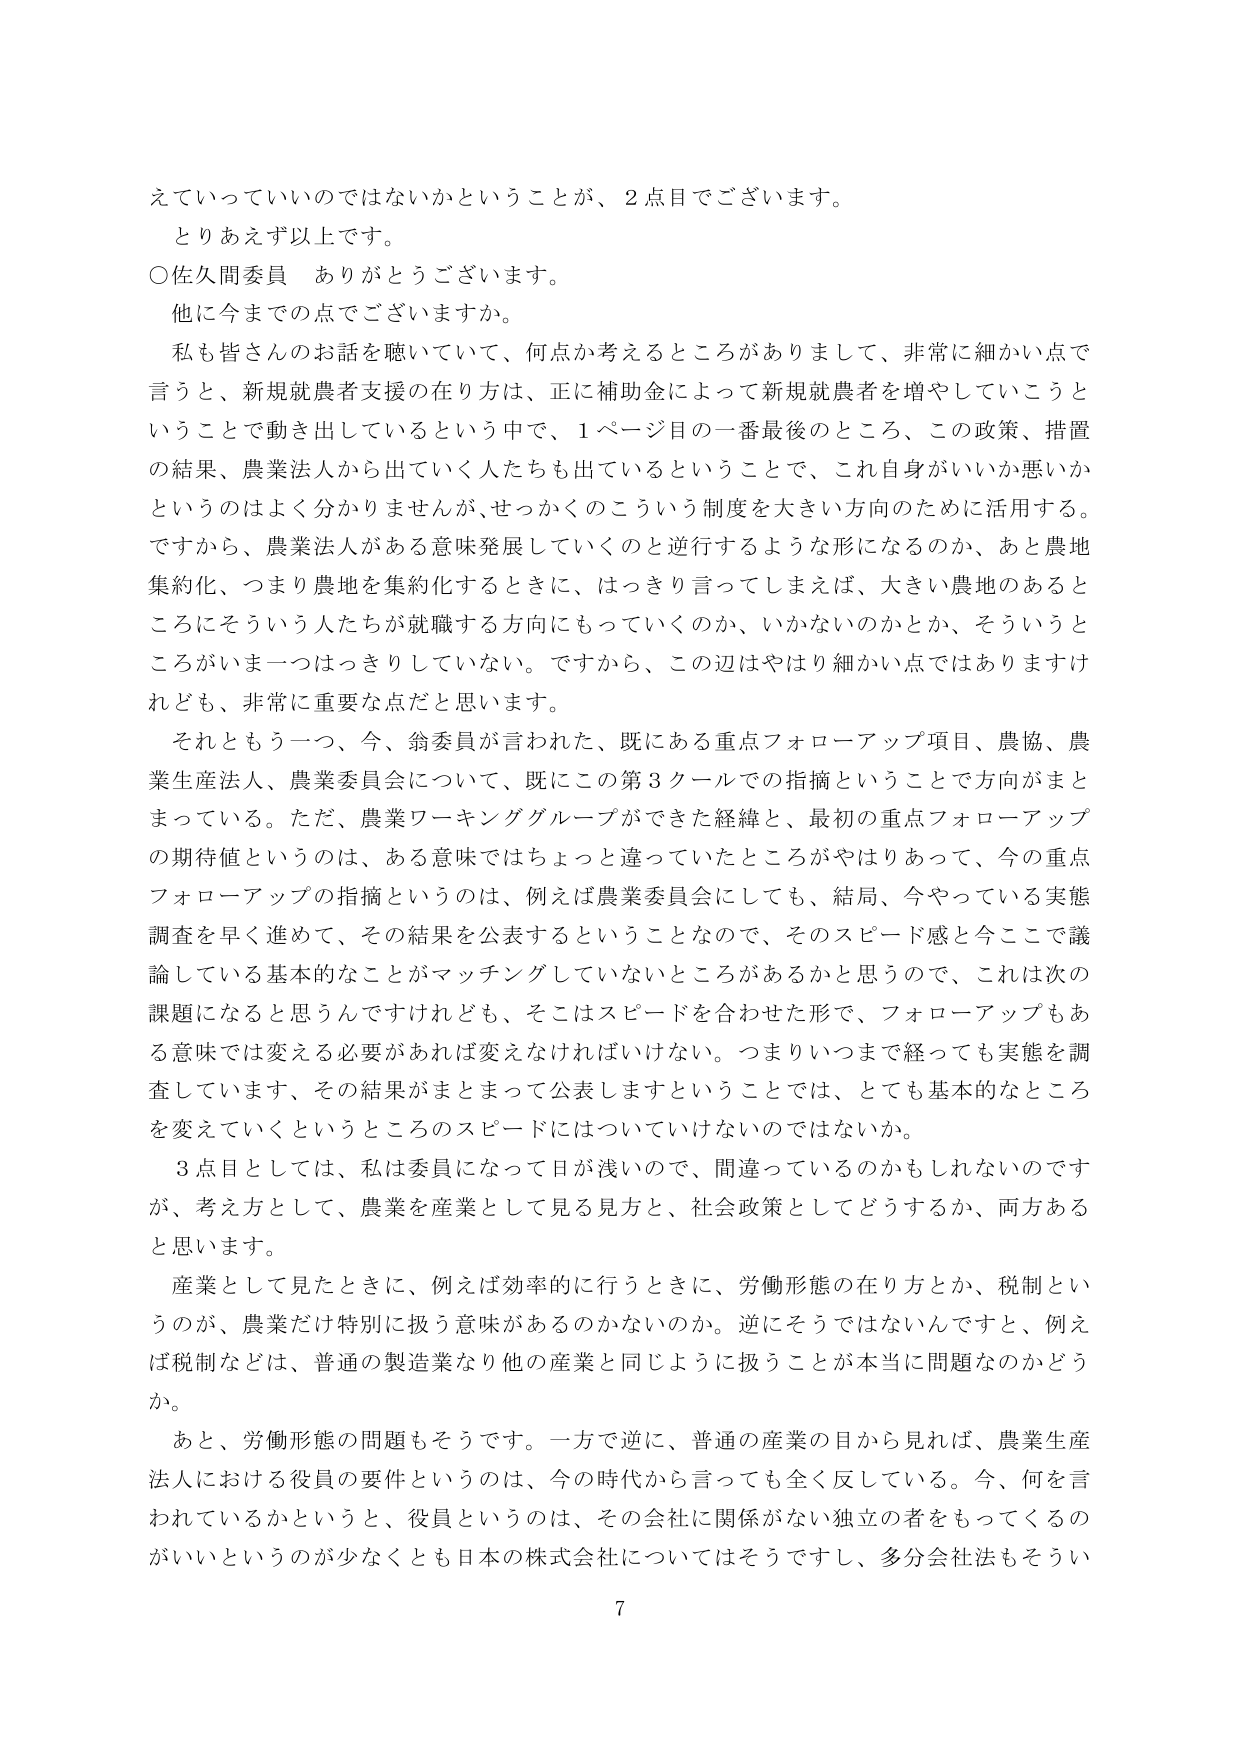
えていっていいのではないかということが、2点目でございます。
とりあえず以上です。
○佐久間委員　ありがとうございます。
他に今までの点でございますか。
私も皆さんのお話を聴いていて、何点か考えるところがありまして、非常に細かい点で
言うと、新規就農者支援の在り方は、正に補助金によって新規就農者を増やしていこうと
いうことで動き出しているという中で、1ページ目の一番最後のところ、この政策、措置
の結果、農業法人から出ていく人たちも出ているということで、これ自身がいいか悪いか
というのはよく分かりませんが、せっかくのこういう制度を大きい方向のために活用する。
ですから、農業法人がある意味発展していくのと逆行するような形になるのか、あと農地
集約化、つまり農地を集約化するときに、はっきり言ってしまえば、大きい農地のあると
ころにそういう人たちが就職する方向にもっていくのか、いかないのかとか、そういうと
ころがいま一つはっきりしていない。ですから、この辺はやはり細かい点ではありますけ
れども、非常に重要な点だと思います。
それともう一つ、今、翁委員が言われた、既にある重点フォローアップ項目、農協、農
業生産法人、農業委員会について、既にこの第3クールでの指摘ということで方向がまと
まっている。ただ、農業ワーキンググループができた経緯と、最初の重点フォローアップ
の期待値というのは、ある意味ではちょっと違っていたところがやはりあって、今の重点
フォローアップの指摘というのは、例えば農業委員会にしても、結局、今やっている実態
調査を早く進めて、その結果を公表するということなので、そのスピード感と今ここで議
論している基本的なことがマッチングしていないところがあるかと思うので、これは次の
課題になると思うんですけれども、そこはスピードを合わせた形で、フォローアップもあ
る意味では変える必要があれば変えなければいけない。つまりいつまで経っても実態を調
査しています、その結果がまとまって公表しますということでは、とても基本的なところ
を変えていくというところのスピードにはついていけないのではないか。
3点目としては、私は委員になって日が浅いので、間違っているのかもしれないのです
が、考え方として、農業を産業として見る見方と、社会政策としてどうするか、両方ある
と思います。
産業として見たときに、例えば効率的に行うときに、労働形態の在り方とか、税制とい
うのが、農業だけ特別に扱う意味があるのかないのか。逆にそうではないんですと、例え
ば税制などは、普通の製造業なり他の産業と同じように扱うことが本当に問題なのかどう
か。
あと、労働形態の問題もそうです。一方で逆に、普通の産業の目から見れば、農業生産
法人における役員の要件というのは、今の時代から言っても全く反している。今、何を言
われているかというと、役員というのは、その会社に関係がない独立の者をもってくるの
がいいというのが少なくとも日本の株式会社についてはそうですし、多分会社法もそうい
7